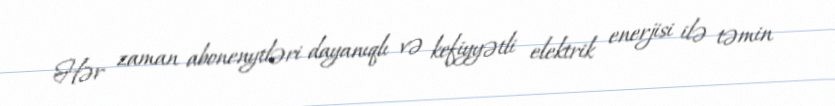
Hər zaman abonenytləri dayanıqlı və kefiyyətli elektrik enerjisi ilə təmin